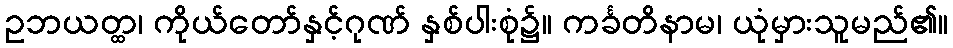
ဥဘယတ္ထ၊ ကိုယ်တော်နှင့်ဂုဏ် နှစ်ပါးစုံ၌။ ကင်္ခတိနာမ၊ ယုံမှားသူမည်၏။